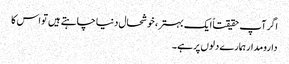
اگر آپ حقیقتاً ایک بہتر، خوشحال دنیا چاہتے ہیں تو اس کا
دارومدار ہمارے دلوں پر ہے۔